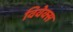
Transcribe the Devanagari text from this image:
विवेक्स